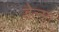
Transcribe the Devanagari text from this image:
डेल्मा